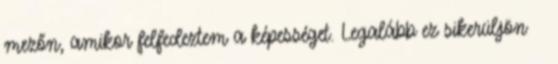
mezőn, amikor felfedeztem a képességet. Legalább ez sikerüljön